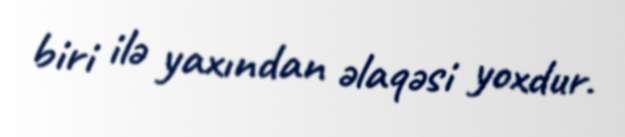
biri ilə yaxından əlaqəsi yoxdur.